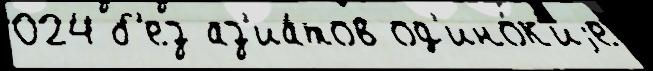
024 б'ез аз'иа́тов од'ино́к'иjе